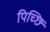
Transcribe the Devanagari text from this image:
पिच्छि